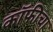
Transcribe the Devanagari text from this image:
कॉफीचा